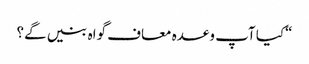
“کیا آپ وعدہ معاف گواہ بنیں گے؟